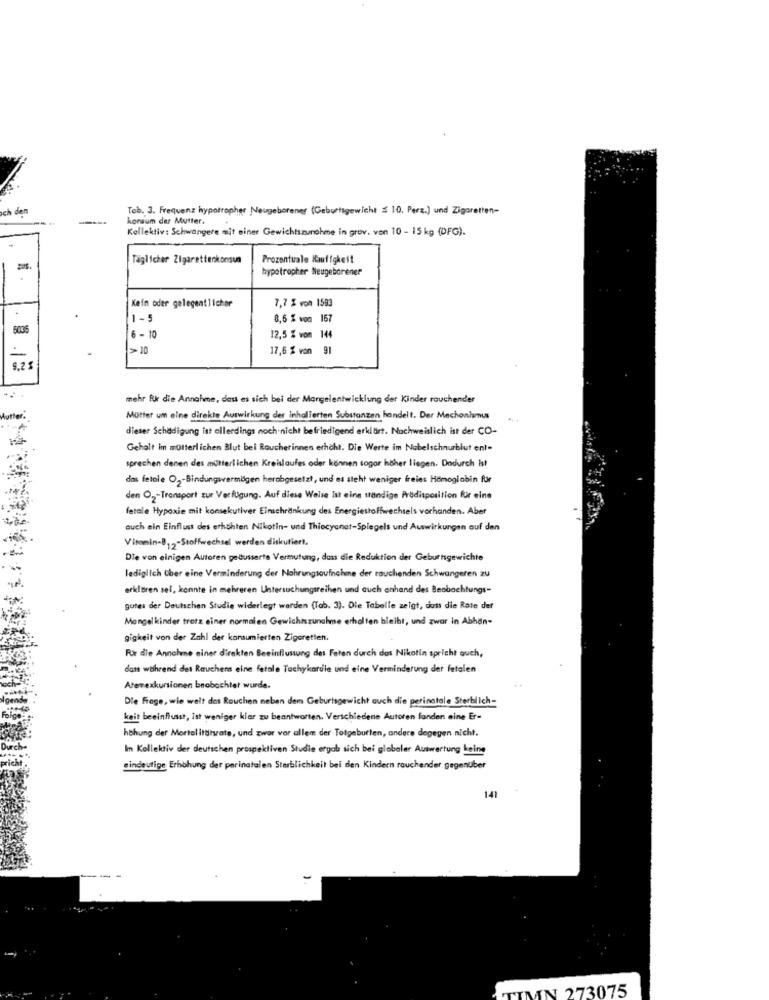
ach den
Tob. 3. Frequenz hypotropher Neugeborener (Geburtagewicht ≤ 10. Perz.) und Zigaretten-
konsum der Mutter.
Kollektiv: Schwangere mit einer Gewichtszunahme in grov. von 10 - 15 kg (DFG).
Täglicher Zigarettenkonsun
Prozentuale Haufigkeit
hypotropher Neugeborenen
7,7 % von 1593
Kein oder gelegentlichor
1-5
8,6 % won 167
6005
6 -10
12,5 % vom 144
-
17,6 % von 91
5.25
mehr fur die Annahme, dass es sich bei der Margelentwicklung der Kinder rauchender
Mütter um eine direkte Auswirkung der inhalTerten Substanzen handelt. Der Mechanismus
dieser Schädigung ist allerdings noch nicht befriedigend erklärt. Nachweislich ist der CO-
Gehalt im motterlichen Blut bei Roucherinnen erhöht. Die Werte im Nabelschnurblut ent-
sprechen denen des mütterlichen Kreislaufes oder können sogar höher liegen. Dadurch Ist
das fetale O2-Bindungsvermögen herabgesetzt, und es steht weniger freies Hämoglobin fir
den O2-Transport zur Verfügung. Auf diese Weise Ist eine standige Prudisposition für eine
fetale Hypoxie mit konsekutiver Einschränkung des Energiestoffwechsels vorhanden. Aber
auch ein Einfluss des erhöhten Nikotin- und Thiecyanat-Spiegels und Auswirkungen auf den
Vitamin-B, ,- Stoffwechsel werden diskutiert.
Die von einigen Autoren getusserte Vermutung, dass die Reduktion der Geburtgewichte
lediglich Cher eine Verminderung der Nahrungsaufnahme der rauchenden Schwangeren zu
erklären sel, konnte in mehreren Untersuchungsreihen und auch enhand des Beobachtungs-
gutes der Deutschen Studie widerlegt warden (Tab. 3). Die Tabelle zeigt, dont die Rote der
Mangel kinder trotz einer normalen Gewichtszunahme erhalten bleibt, und zwar in Abhan-
gigkeit von der Zahl der konsumierten Zigaretten.
Rik die Annahme einer direkten Beeinflussung des Feten durch das Nikotin spricht auch,
dass wahrend det Rauchens eine fetale Tachykardie und eine Verminderung der fetalen
Atemexkursionen beobachtet wurde.
Die Frage, wie welt das Rauchen neben dem Geburtsgewicht auch die perinatale Sterblich-
keit beeinflusst, Ist weniger klar zu beantworten. Verschiedene Autoren fanden eine Er-
höhung der Mortal ittivate, und zwar vor allem der Totgeburten, andere degegen nicht.
In Kollektiv der deutschen prospektiven Studie ergab sich bei globaler Auswertung keine
sindeutige Erhöhung der perinatalen Sterblichkeit bei den Kindern rauchender gegenüber
141
TIMN 273075